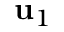
\mathbf { u } _ { 1 }